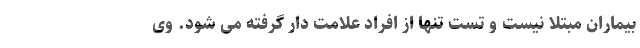
بیماران مبتلا نیست و تست تنها از افراد علامت دار گرفته می شود. وی